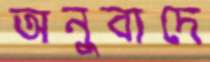
অনুবাদে